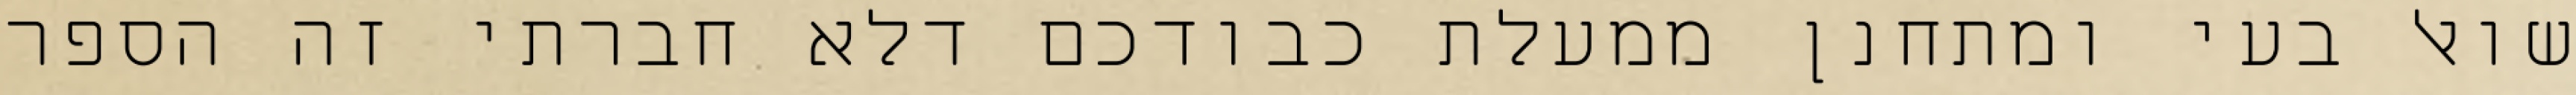
שואל בעי ומתחנן ממעלת כבודכם דלא חברתי זה הספר